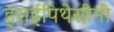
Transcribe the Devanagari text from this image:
ड्राईपिथेसीनी